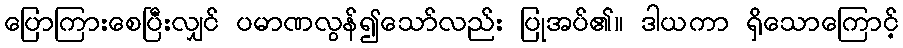
ပြောကြားစေပြီးလျှင် ပမာဏလွန်၍သော်လည်း ပြုအပ်၏။ ဒါယကာ ရှိသောကြောင့်